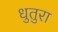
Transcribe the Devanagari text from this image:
धुतुरा